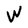
Character: W